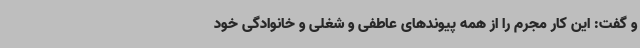
و گفت: این کار مجرم را از همه پیوندهای عاطفی و شغلی و خانوادگی خود